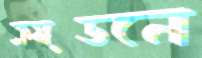
ক্রয়ডনে